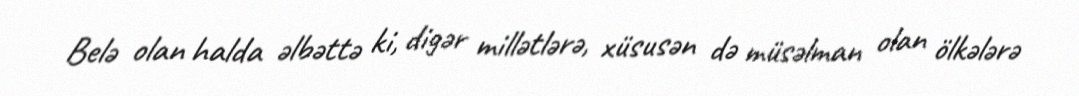
Belə olan halda əlbəttə ki, digər millətlərə, xüsusən də müsəlman olan ölkələrə